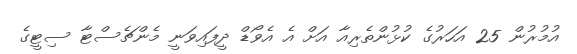
އުމުރުން 25 އަހަރުގެ ކުޅުންތެރިއާ އަށް އެ އެވޯޑް ދީފައިވަނީ މެންޗެސްޓާ ސިޓީގެ